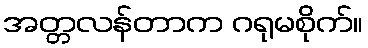
အတ္တလန်တာက ဂရုမစိုက်။